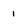
Character: 1